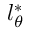
l _ { \theta } ^ { * }